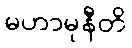
မဟာမုနီတိ